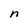
Character: n